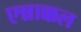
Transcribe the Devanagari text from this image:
एन्नाक्कल